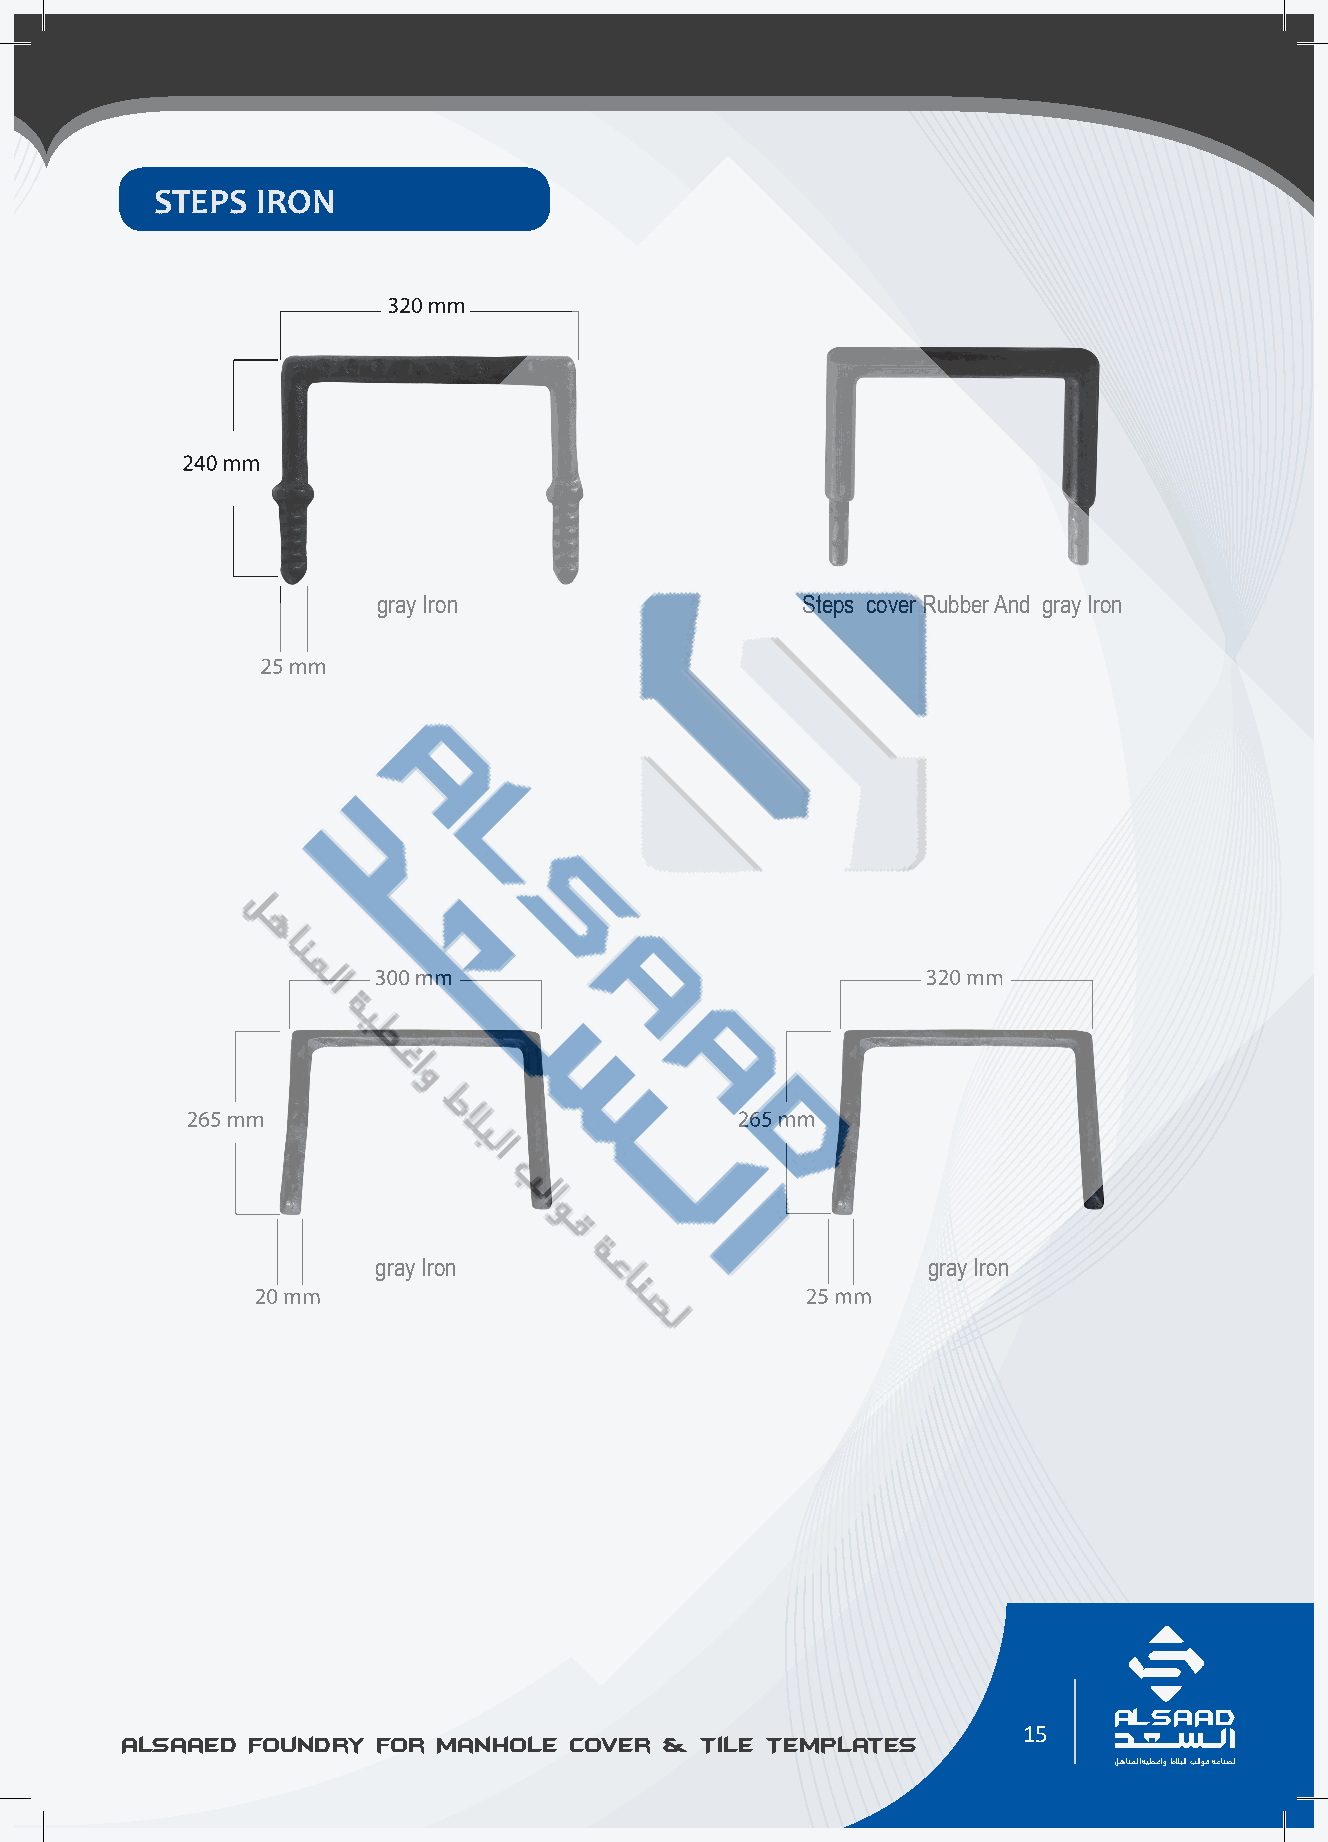
STEPS  IRON
 gray Iron                   Steps cover Rubber And gray Iron
 gray Iron                           gray Iron
 AL SAAD                                                                   AL SAAD
 15
 Alsaaed Foundry for Manhole Cover & Tile Templates Alsaaed Foundry for Manhole Cover & Tile Templates
 ﻞﻫﺎﻨﻤﻟا ﺔﻴﻄﻏاو طﻼﺒﻟا ﺐﻟاﻮﻗ ﺔﻋﺎﻨﺼﻟ                                         ﻞﻫﺎﻨﻤﻟا ﺔﻴﻄﻏاو طﻼﺒﻟا ﺐﻟاﻮﻗ ﺔﻋﺎﻨﺼﻟ